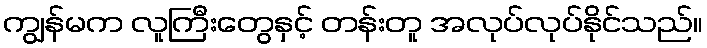
ကျွန်မက လူကြီးတွေနှင့် တန်းတူ အလုပ်လုပ်နိုင်သည်။